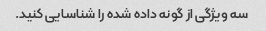
سه ویژگی از گونه داده شده را شناسایی کنید.